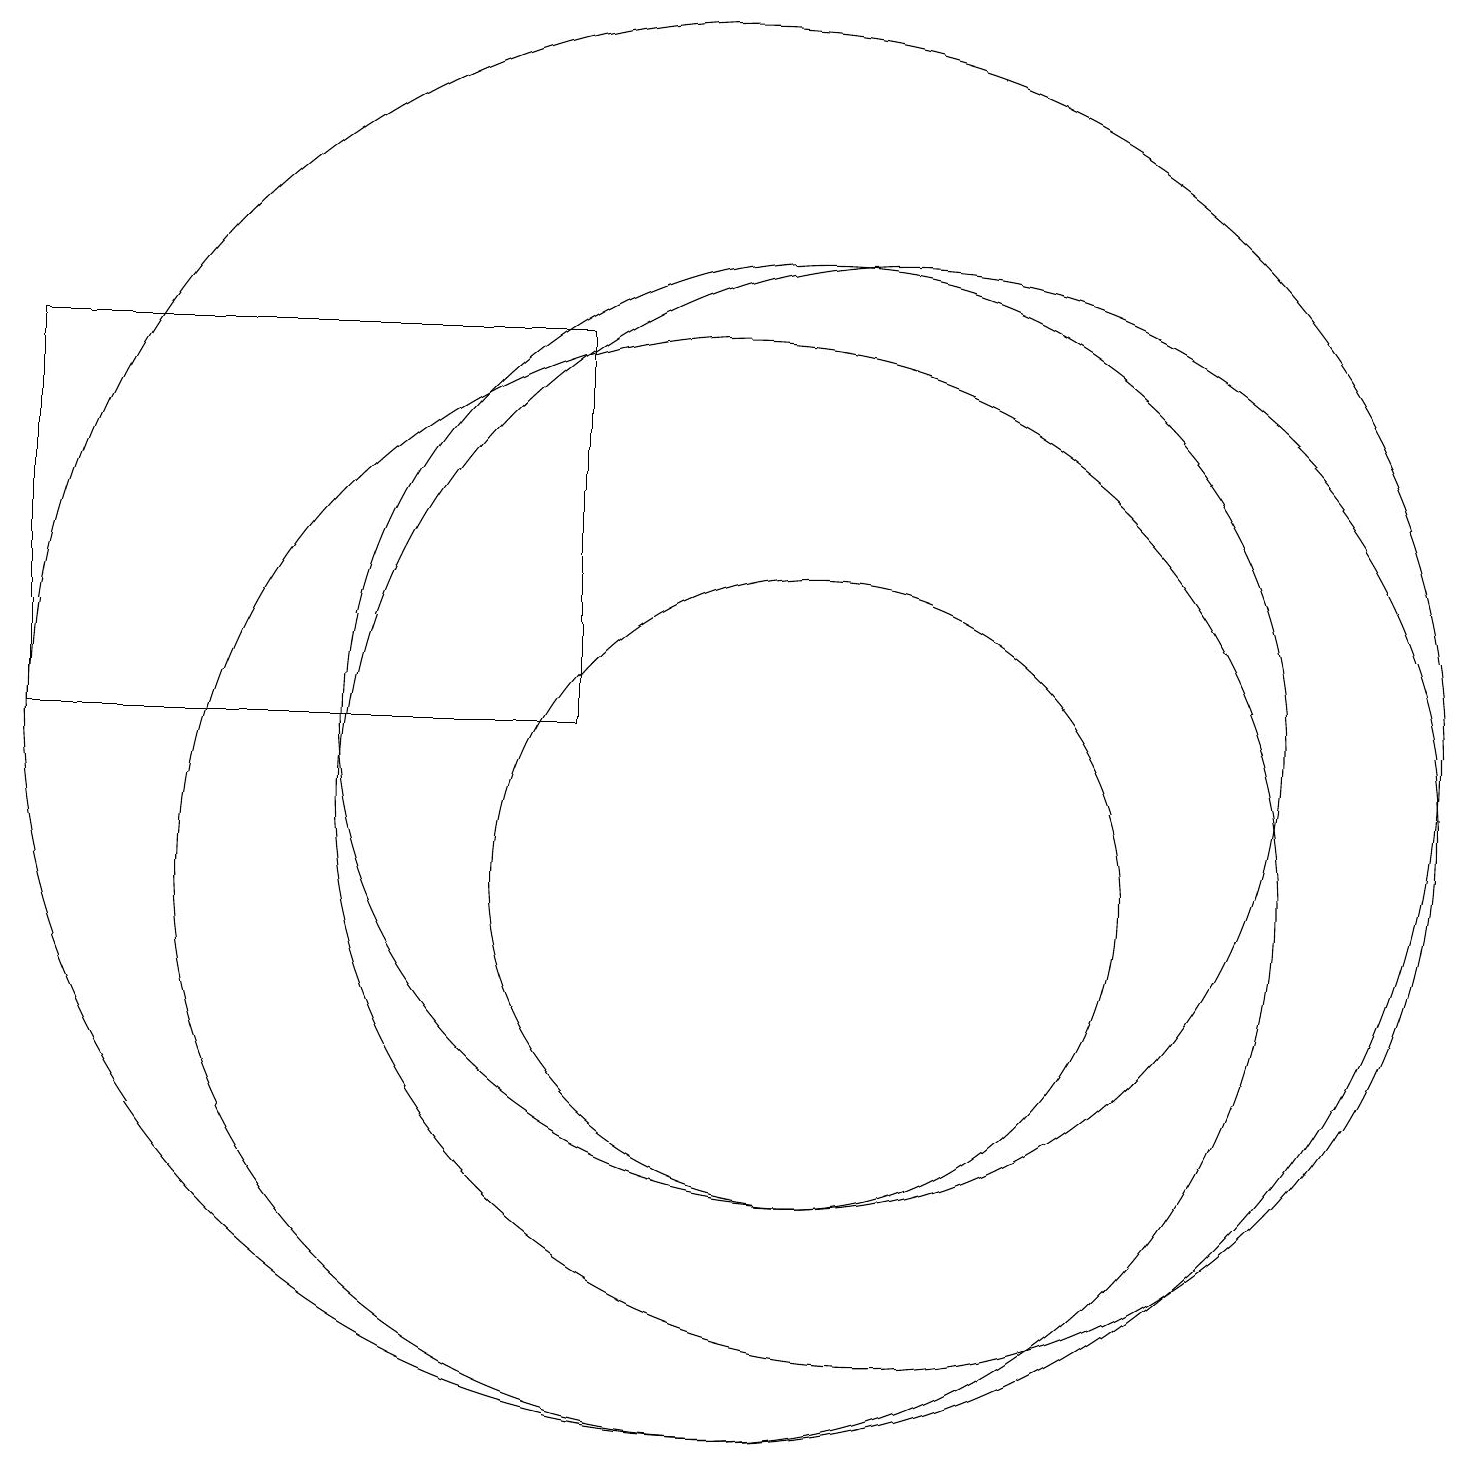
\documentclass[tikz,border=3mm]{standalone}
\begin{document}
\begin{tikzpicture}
\draw (11,10) circle (4);
\draw (12,11) circle (7);
\draw (10,12) circle (9);
\draw (11,12) circle (6);
\draw (1,17) rectangle (8,12);
\draw (10,10) circle (7);
\draw (6,17) rectangle (8,17);
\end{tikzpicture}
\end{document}